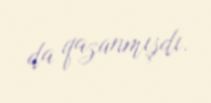
da qazanmışdı.